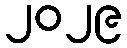
၂၀၂၉